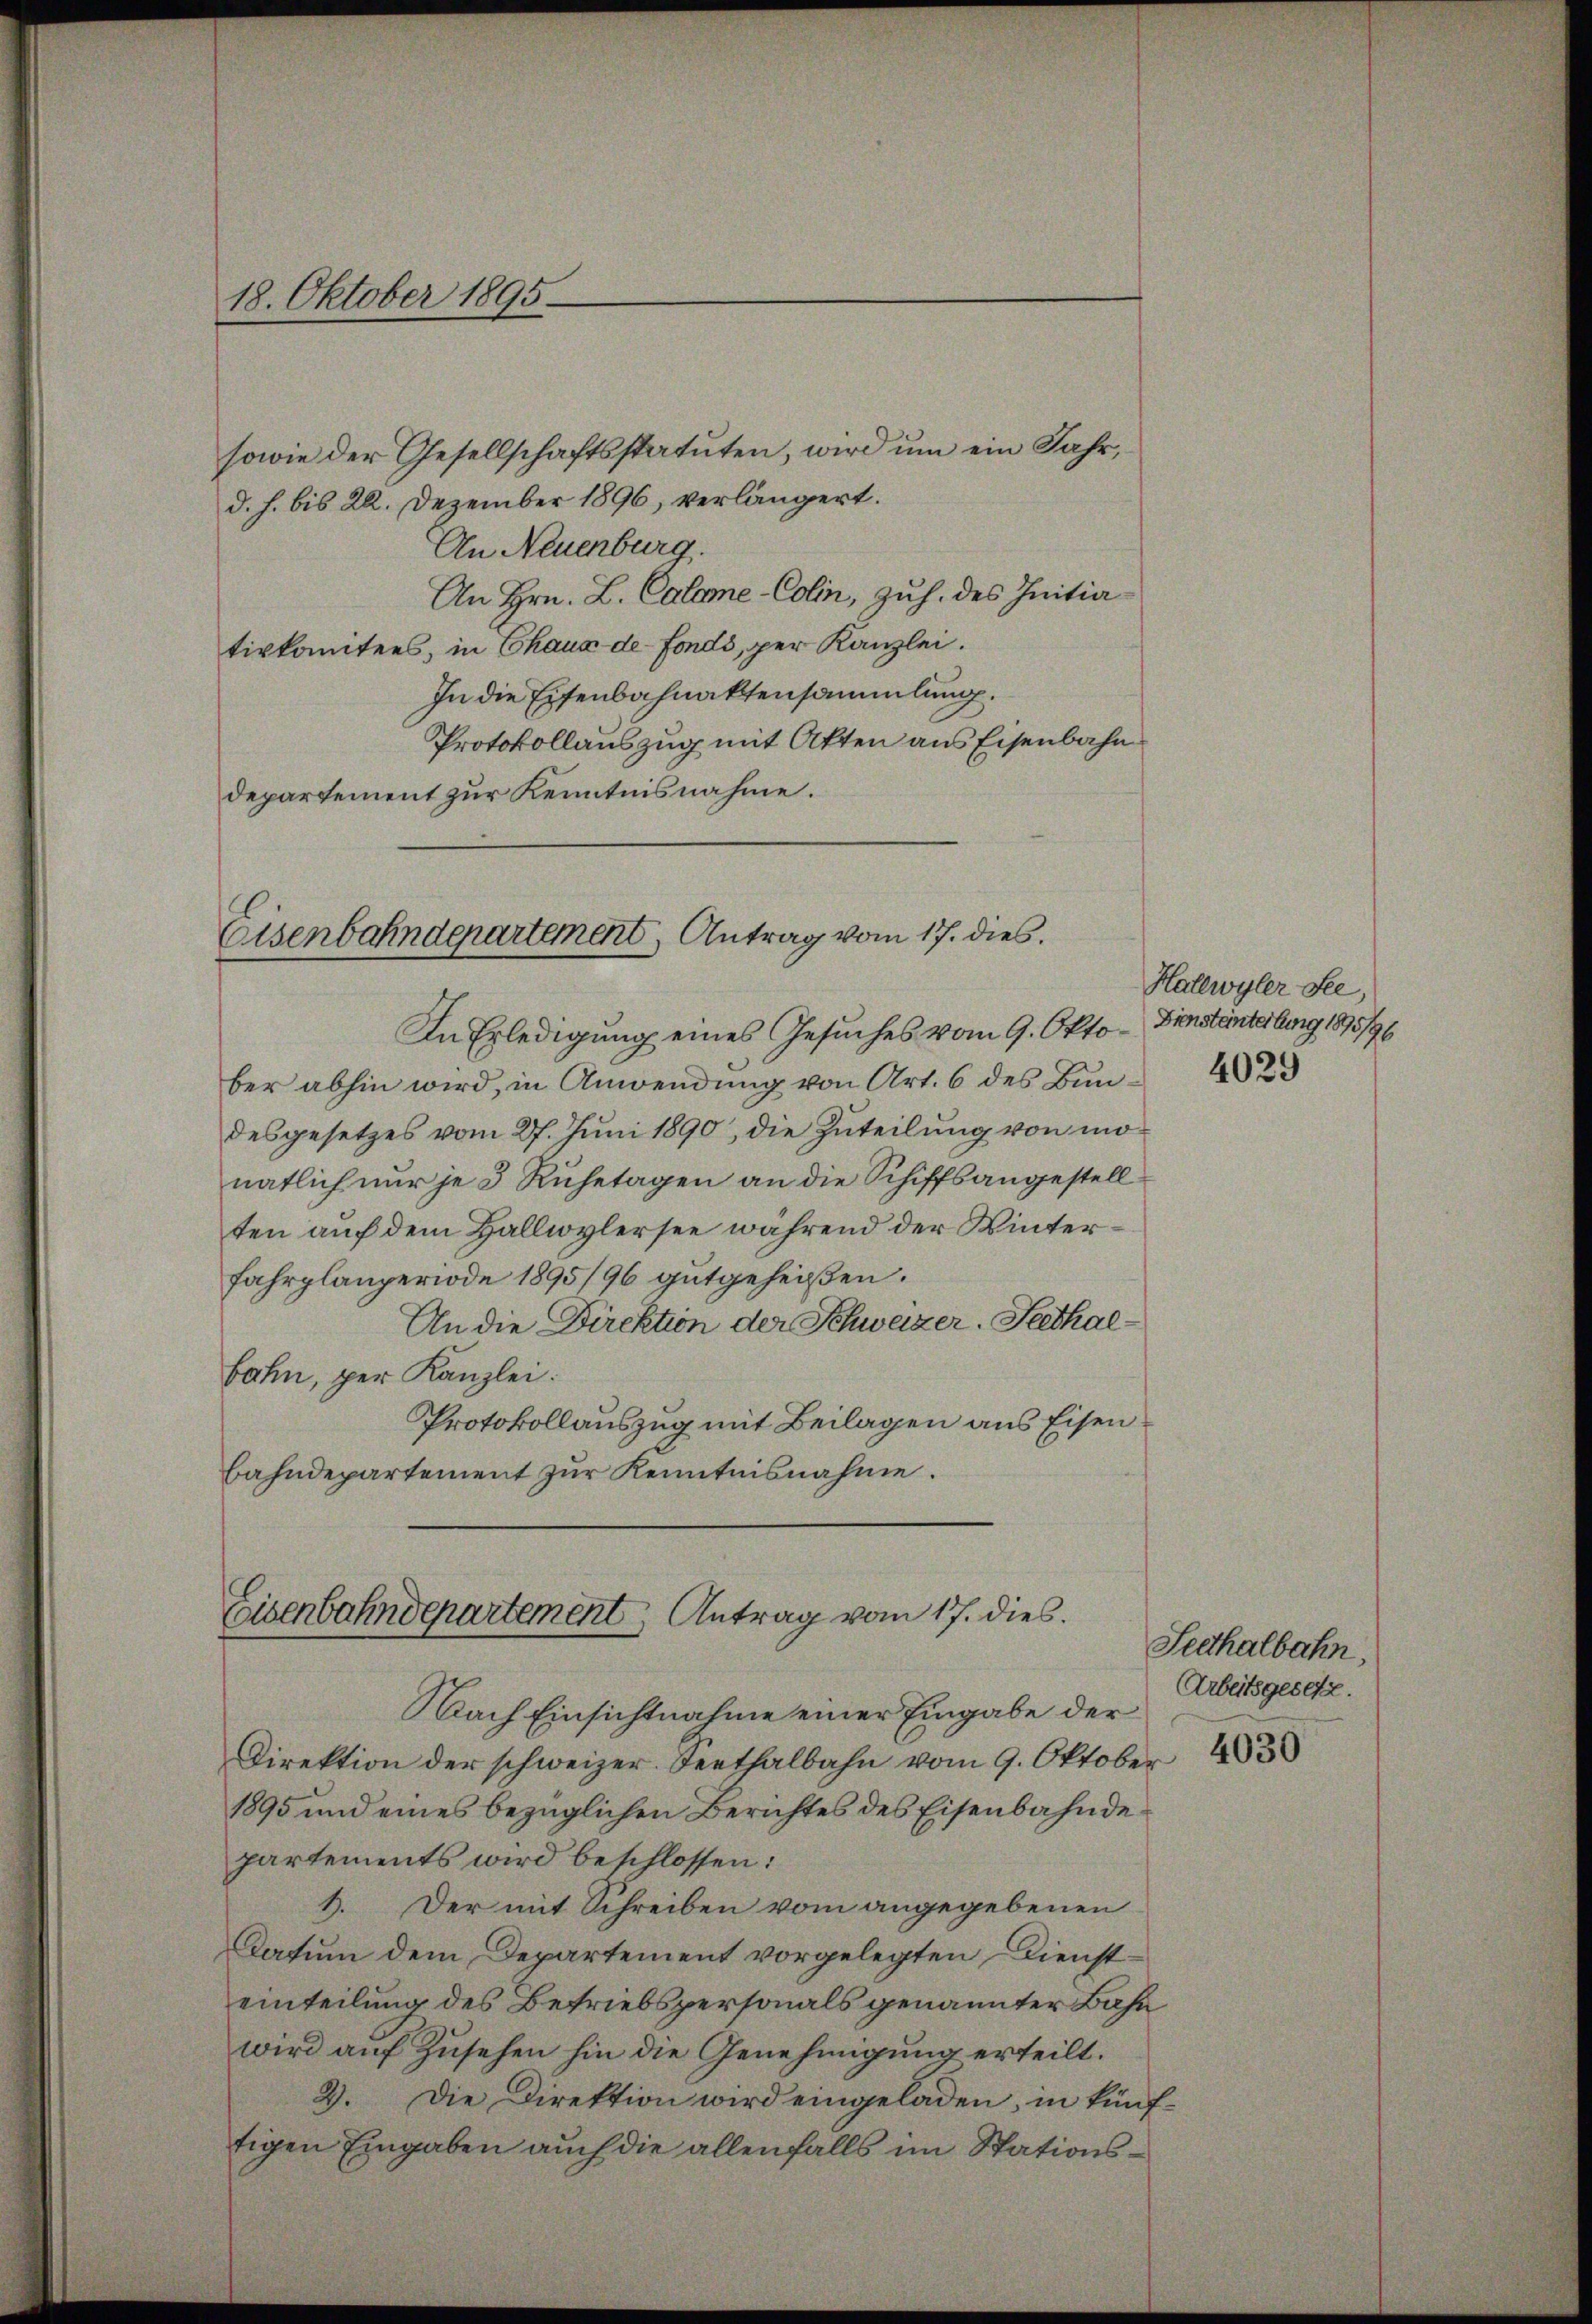
18. Oktober 1895.

sowie der Gesellschaftsstatuten, wird um ein Jahr,
d. h. bis 22. Dezember 1896, verlängert.
An Neuenburg.
An Hrn. L. Calame-Colin, Zuh. des Initia
tivkomitees, in Chaux de Fonds, per Kanzlei.
In die Eisenbahnaktensammlung.
Protokollauszug mit Akten aus Eisenbahn
departement zur Kenntnisnahme.

Eisenbahndepartement, Antrag vom 17. dies

In Erledigung eines Gesuches vom 9. Oktober abhin wird, in Anwendung von Art. 6 des Bundesgesetzes vom 27. Jŭni 1890, die Zuteilung von monatlich nur je 3 Ruhetagen an die Schiffsangestellten auf dem Hallwylersee während der Winter¬
Fahrplanperiode 1895/96 gutgeheißen.
An die Direktion der Schweizer. Peethalbahn, per Kanzlei.
Protokollauszug mit Beilagen aus Eisenbahndepartement zur Kenntnisnahme.

Eisenbahndepartement Antrag vom 17. dies.

Nach Einsichtnahme einer Eingabe der
Direktion der schweizer. Seethalbahn vom 9. Oktober 193
1895 und eines bezüglichen Berichtes des Eisenbahnde
partements wird beschlossen:
1. Der mit Schreiben vom angegebenen
Datum dem Departement vorgelegten Diensteinteilung des Betriebspersonals genannter Bahn
wird auf Zusehen hin die Genehmigung erteilt.
2. Die Direktion wird eingeladen, in künf-
tigen Eingaben auch die allenfalls im Stations¬

Hallwyler See,
Diensteinteilung 1895/96
4029

Seethalbahn,
Arbeitsgesetz.